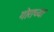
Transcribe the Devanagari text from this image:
गोराच्या